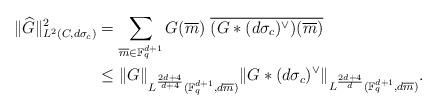
LaTeX: \begin{align*} \|\widehat{G}\|^2_{L^2(C,d\sigma_c)} &=\sum_{\overline{m}\in \mathbb F_q^{d+1}} G(\overline{m})~ \overline{ (G\ast (d\sigma_c)^\vee)(\overline{m})}\\&\leq\|G\|_{L^{\frac{2d+4}{d+4}}(\mathbb F_q^{d+1}, d\overline{m})} \|G\ast (d\sigma_c)^\vee \|_{L^{\frac{2d+4}{d}}(\mathbb F_q^{d+1}, d\overline{m})}.\end{align*}